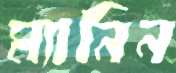
ম্যানিন